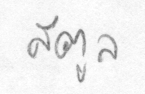
สตูล